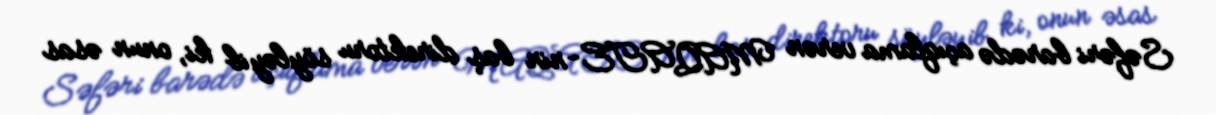
Səfəri barədə açıqlama verən MAQATE-nin baş direktoru söyləyib ki, onun əsas